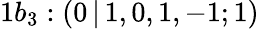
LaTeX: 1b_{3}:(0\, |\, 1,0,1,-1;1)